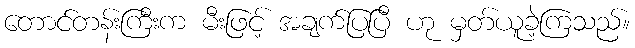
တောင်တန်းကြီးက မီးဖြင့် အချက်ပြပြီ ဟု မှတ်ယူခဲ့ကြသည်။